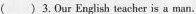
( )3. Our English teacher is a man.